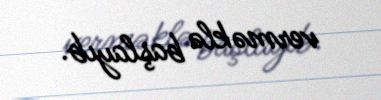
verməklə başlayıb.